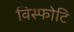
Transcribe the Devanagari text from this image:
विस्फोटि